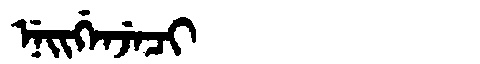
Manchu: ᠨᡝᡳᡤᡝᠨᠵᡝᠴᡳ
Romanization: NEIGENJECI